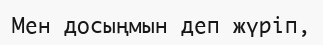
Мен досыңмын деп жүріп,